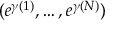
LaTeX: ( e ^ { \gamma ( 1 ) } , \dots , e ^ { \gamma ( N ) } )